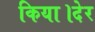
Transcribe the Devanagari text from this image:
किया।देर